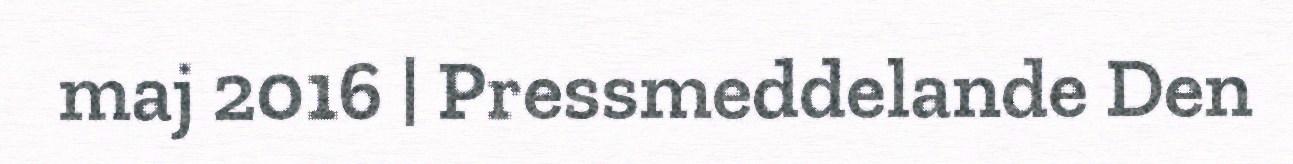
maj 2016 | Pressmeddelande Den